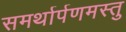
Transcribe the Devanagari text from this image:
समर्थार्पणमस्तु